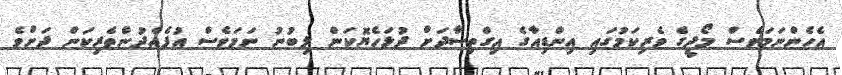
އެހެންނަމަވެސް މޯދީގެ ވެރިކަމުގައި އިންޑިއާގެ އިގްތިސާދަށް ދުޅަހެޔޮކަން ލިބުނު ނަމަވެސް އުފެއްދުންތެރިކަން ދަށްވެ